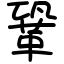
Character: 鞏